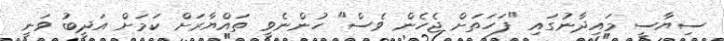
ސިޔާސީ މައިދާނުގައި "ފަހަތަށް ޖެހެން ވެސް" ހުންނެވީ ތައްޔާރަށް ކަމަށް އަދީބު ވަނީ